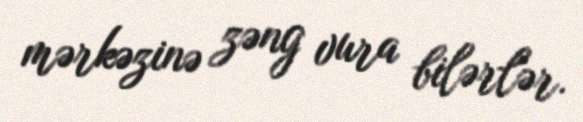
mərkəzinə zəng vura bilərlər.